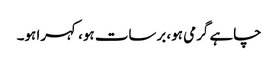
چاہے گرمی ہو، برسات ہو، کہرا ہو۔